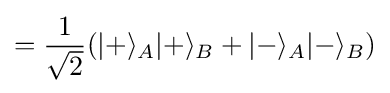
={\frac {1}{\sqrt {2}}}(|+\rangle _{A}|+\rangle _{B}+|-\rangle _{A}|-\rangle _{B})